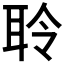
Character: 聆